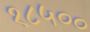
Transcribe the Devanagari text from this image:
१८५००